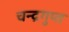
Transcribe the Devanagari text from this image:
चन्‍द्रगुप्‍त